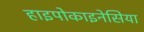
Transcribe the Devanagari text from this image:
हाइपोकाइनेसिया